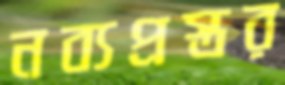
নব্যপ্রস্তর